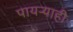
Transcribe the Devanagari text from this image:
पायऱ्याही